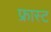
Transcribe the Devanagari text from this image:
फ्रास्ट